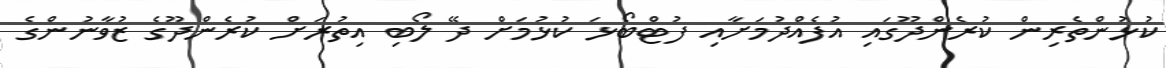
ކުޅުންތެރިން ކުރެންދޫގައި އުފެއްދުމަށާއި ފުޓްބޯޅަ ކުޅުމަށް ދޭ ލޯބި އިތުރަށް ކުރެންދޫގެ ޒުވާނުންގެ